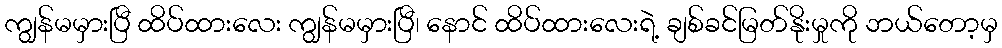
ကျွန်မမှားပြီ ထိပ်ထားလေး ကျွန်မမှားပြီ၊ နောင် ထိပ်ထားလေးရဲ့ ချစ်ခင်မြတ်နိုးမှုကို ဘယ်တော့မှ